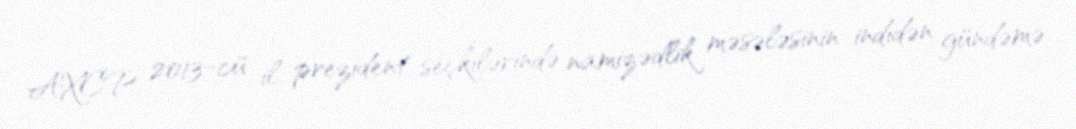
AXCP 2013-cü il prezident seçkilərində namizədlik məsələsinin indidən gündəmə